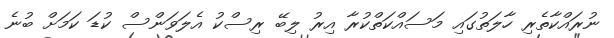
ނުރައްކާތެރި ހާލަތުގައި މަސައްކަތްކުރާ އިރު ލިބޭ ރިސްކު އެލަވަންސް ކުޑަ ކަމަށް ބުނެ